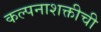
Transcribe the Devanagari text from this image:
कल्पनाशक्तीची